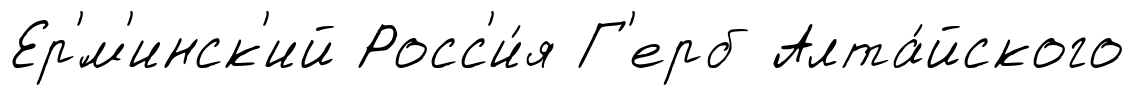
Ер'́м'инск'ий Росс'и́я Г'ерб Алта́йского